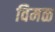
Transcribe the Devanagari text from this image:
विमळ